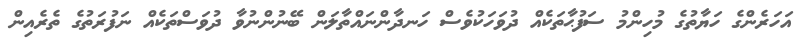
އަހަރެންގެ ހަޔާތުގެ މުހިންމު ސަފުޙާތަކެއް ދުވަހަކުވެސް ހަނދާންނައްތާލަން ބޭނުންނުވާ ދުވަސްތަކެއް ނަފުރަތުގެ ތެރެއިން